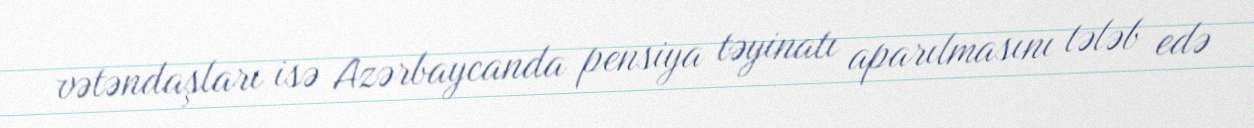
vətəndaşları isə Azərbaycanda pensiya təyinatı aparılmasını tələb edə